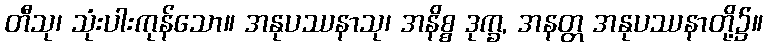
တီသု၊ သုံးပါးကုန်သော။ အနုပဿနာသု၊ အနိစ္စ ဒုက္ခ, အနတ္တ အနုပဿနာတို့၌။